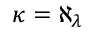
\kappa = \aleph _ { \lambda }